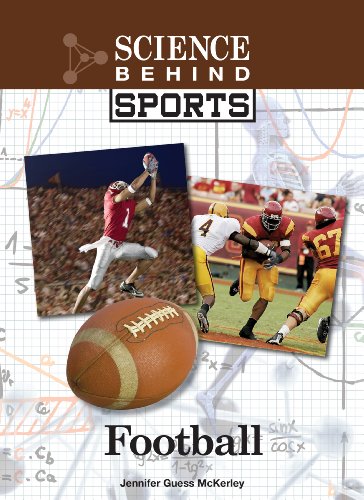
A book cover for Football (Science Behind Sports); Jennifer Guess Mckerley; Teen & Young Adult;